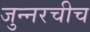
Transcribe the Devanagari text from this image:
जुन्‍नरचीच